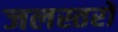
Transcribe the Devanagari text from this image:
जलस्तरों